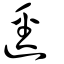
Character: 逕